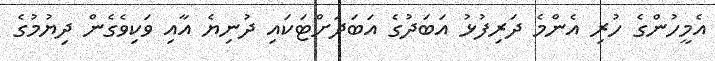
އެމީހުންގެ ހުރި އެންމެ ދަރިފުޅު އަބަދުގެ އަބަދަށްޓަކައި ދުނިޔެ އާއި ވަކިވެގެން ދިޔުމުގެ